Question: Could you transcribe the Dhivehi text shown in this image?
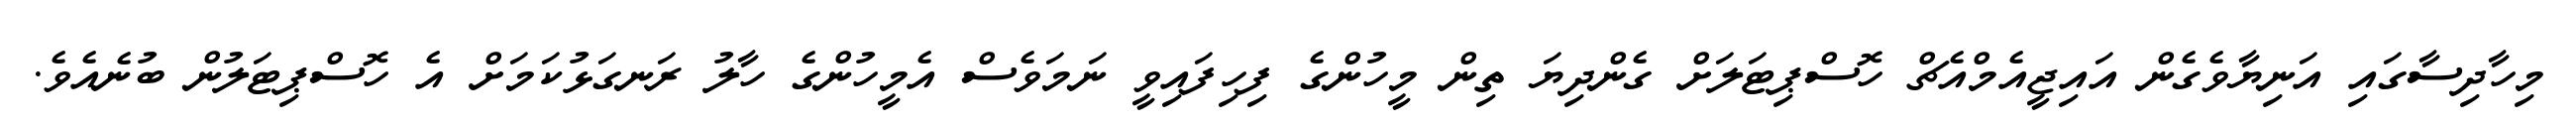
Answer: މިހާދިސާގައި އަނިޔާވެގެން އައިޖީއެމްއެޗް ހޮސްޕިޓަލަށް ގެންދިޔަ ތިން މީހުންގެ ފިހިފައިވީ ނަމަވެސް އެމީހުންގެ ހާލު ރަނގަޅުކަމަށް އެ ހޮސްޕިޓަލުން ބުނެއެވެ.